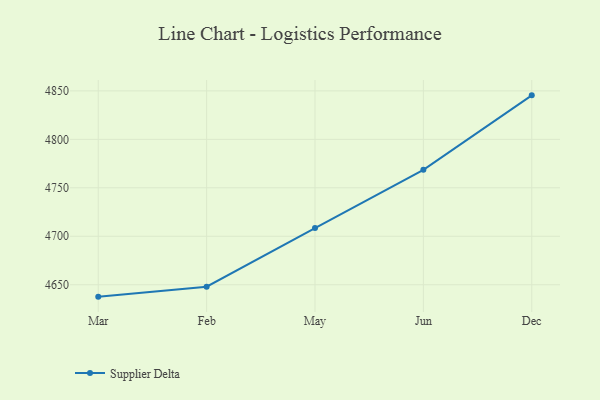
{"axis": {"x": "Month", "y": "Active Users"}, "legend": ["Supplier Delta"], "data": [{"x": "Mar", "y": 4637.7, "type": "Supplier Delta"}, {"x": "Feb", "y": 4648.0, "type": "Supplier Delta"}, {"x": "May", "y": 4708.5, "type": "Supplier Delta"}, {"x": "Jun", "y": 4768.6, "type": "Supplier Delta"}, {"x": "Dec", "y": 4845.4, "type": "Supplier Delta"}]}